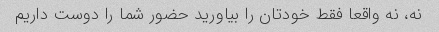
نه، نه واقعا فقط خودتان را بیاورید حضور شما را دوست داریم